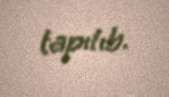
tapılıb.